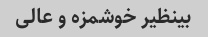
بینظیر خوشمزه و عالی